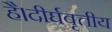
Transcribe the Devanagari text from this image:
है।दीर्घवृत्तीय